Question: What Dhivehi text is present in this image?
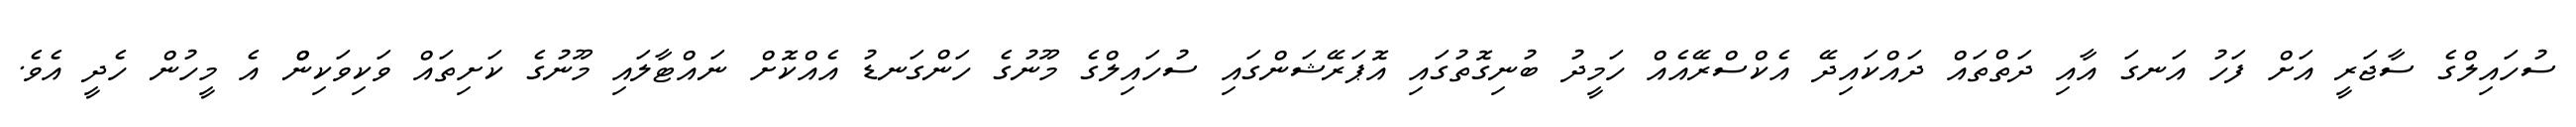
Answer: ސުހައިލްގެ ސާޖަރީ އަށް ފަހު އަނގަ އާއި ދަތްތައް ދައްކައިދޭ އެކްސްރޭއެއް ހަމީދު ބުނިގޮތުގައި އޮޕަރޭޝަންގައި ސުހައިލްގެ މޫނުގެ ހަންގަނޑު އެއްކޮށް ނައްޓާލައި މޫނުގެ ކަށިތައް ވަކިވަކިންް އެ މީހުން ހެދީ އެވެ.